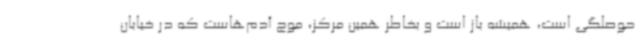
حوصلگی است، همیشه باز است و بخاطر همین مرکز، موج آدم‌هاست که در خیابان